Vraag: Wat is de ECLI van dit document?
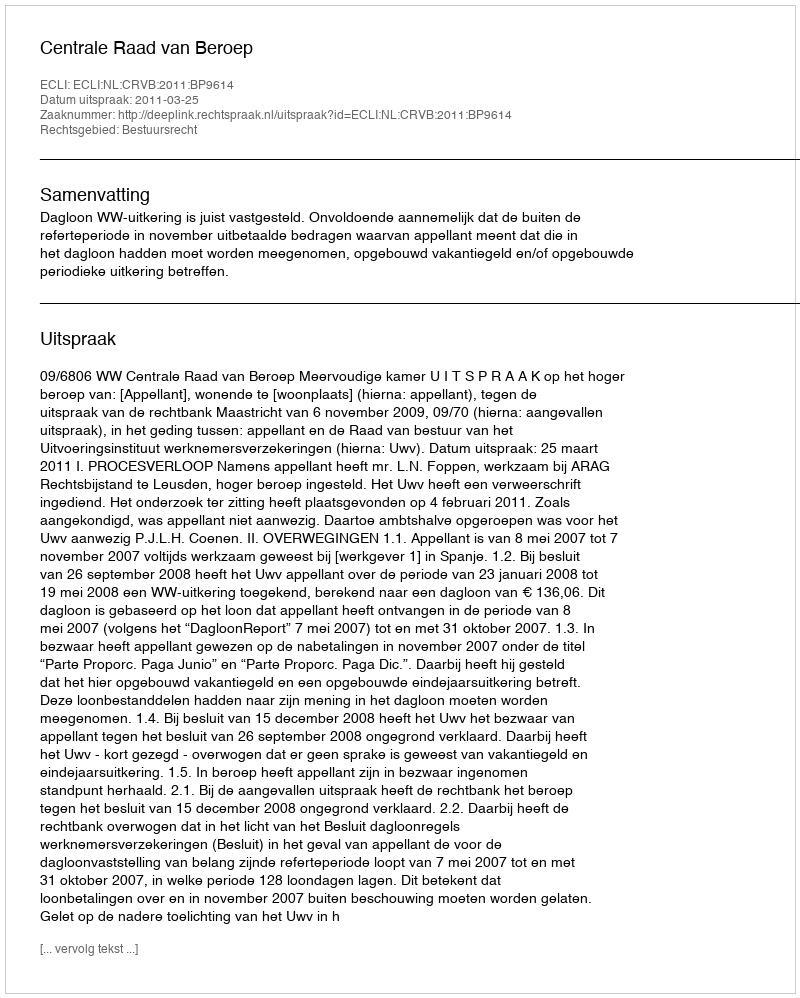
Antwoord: ECLI:NL:CRVB:2011:BP9614